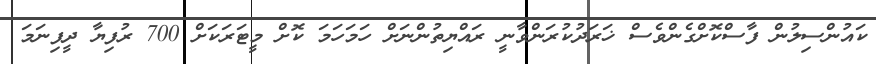
ކައުންސިލުން ފާސްކޮށްގެންވެސް ޚަރަދުކުރަންވާނީ ރައްޔިތުންނަށް ހަމަހަމަ ކޮށް މީޓަރަކަށް 700 ރުފިޔާ ދީފިނަމަ